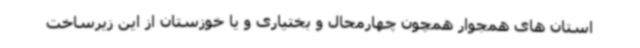
استان های همجوار همچون چهارمحال و بختیاری و یا خوزستان از این زیرساخت